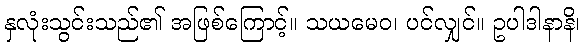
နှလုံးသွင်းသည်၏ အဖြစ်ကြောင့်။ သယမေဝ၊ ပင်လျှင်။ ဥပါဒါနာနိ၊